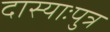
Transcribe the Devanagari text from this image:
दास्याःपुत्र